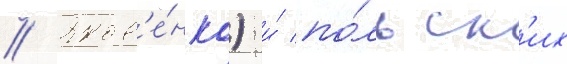
// Яков'е́нко) и́ по́льск'их